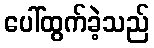
ပေါ်ထွက်ခဲ့သည်